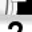
Digit: 7